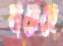
হায়েছে